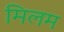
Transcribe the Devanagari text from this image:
मिलम